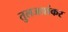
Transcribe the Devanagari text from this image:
तुलजाशंकर